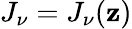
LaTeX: J_{\nu}=J_{\nu}(\mathbf{z})